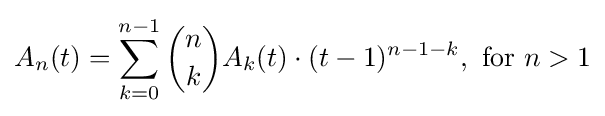
A_{n}(t)=\sum _{k=0}^{n-1}{\binom {n}{k}}A_{k}(t)\cdot (t-1)^{n-1-k},{\text{ for }}n>1